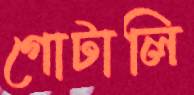
গোটালি